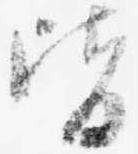
皆